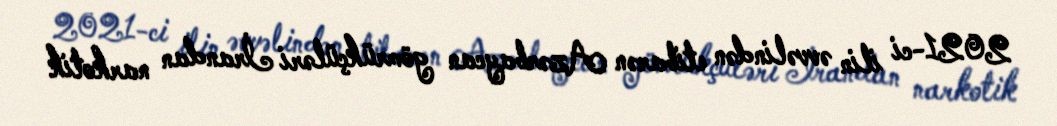
2021-ci ilin əvvəlindən etibarən Azərbaycan gömrükçüləri İrandan narkotik